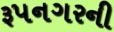
રૂપનગરની